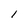
Character: 1